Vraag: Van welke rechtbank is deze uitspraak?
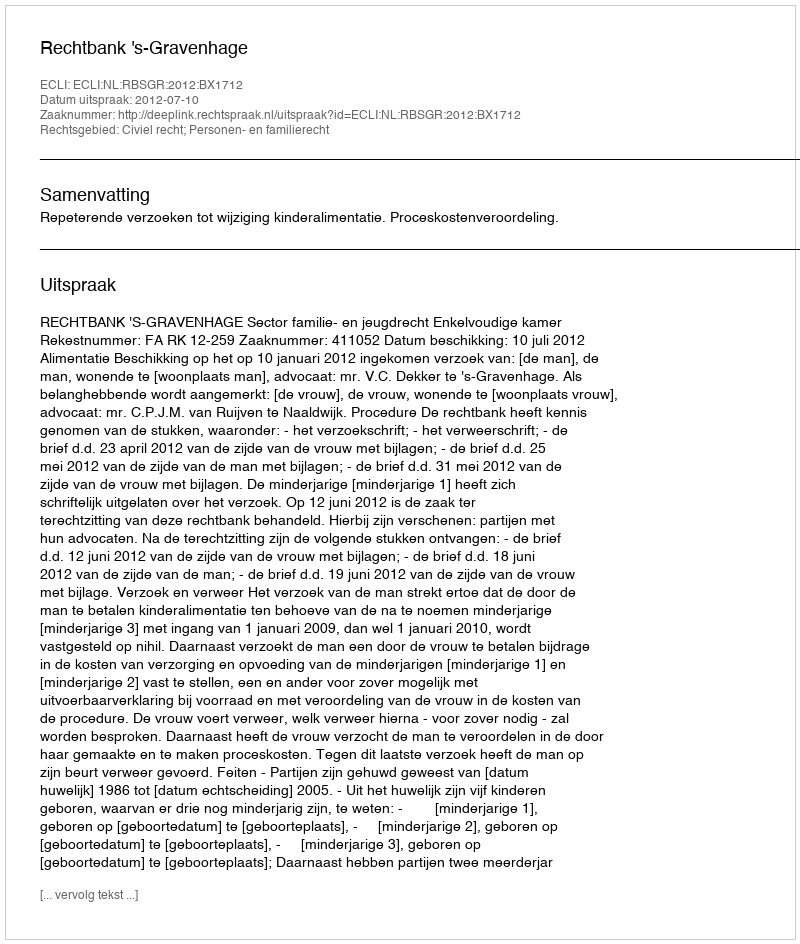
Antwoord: Rechtbank 's-Gravenhage